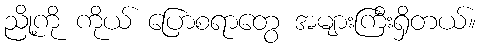
ညို့ကို ကိုယ် ပြောစရာတွေ အများကြီးရှိတယ်။